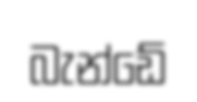
බැන්ඩේ